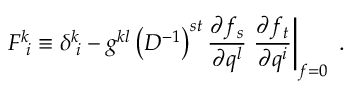
F ^ { k } \! _ { i } \equiv \delta ^ { k } \! _ { i } - g ^ { k l } \left( D ^ { - 1 } \right) ^ { s t } \frac { \partial f _ { s } } { \partial q ^ { l } } \left. \frac { \partial f _ { t } } { \partial q ^ { i } } \right| _ { f = 0 } \; .